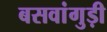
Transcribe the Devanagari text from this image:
बसवांगुड़ी